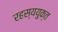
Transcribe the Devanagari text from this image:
रहस्‍ययुक्त